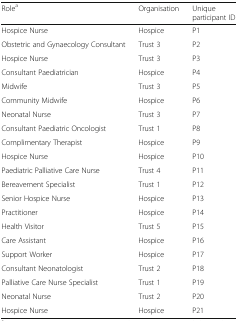
<table><thead><tr><td><b>Role<sup>a</sup></b></td><td><b>Organisation</b></td><td><b>Unique participant ID</b></td></tr></thead><tbody><tr><td>Hospice Nurse</td><td>Hospice</td><td>P1</td></tr><tr><td>Obstetric and Gynaecology Consultant</td><td>Trust 3</td><td>P2</td></tr><tr><td>Hospice Nurse</td><td>Trust 3</td><td>P3</td></tr><tr><td>Consultant Paediatrician</td><td>Hospice</td><td>P4</td></tr><tr><td>Midwife</td><td>Trust 3</td><td>P5</td></tr><tr><td>Community Midwife</td><td>Hospice</td><td>P6</td></tr><tr><td>Neonatal Nurse</td><td>Trust 3</td><td>P7</td></tr><tr><td>Consultant Paediatric Oncologist</td><td>Trust 1</td><td>P8</td></tr><tr><td>Complimentary Therapist</td><td>Hospice</td><td>P9</td></tr><tr><td>Hospice Nurse</td><td>Hospice</td><td>P10</td></tr><tr><td>Paediatric Palliative Care Nurse</td><td>Trust 4</td><td>P11</td></tr><tr><td>Bereavement Specialist</td><td>Trust 1</td><td>P12</td></tr><tr><td>Senior Hospice Nurse</td><td>Hospice</td><td>P13</td></tr><tr><td>Practitioner</td><td>Hospice</td><td>P14</td></tr><tr><td>Health Visitor</td><td>Trust 5</td><td>P15</td></tr><tr><td>Care Assistant</td><td>Hospice</td><td>P16</td></tr><tr><td>Support Worker</td><td>Hospice</td><td>P17</td></tr><tr><td>Consultant Neonatologist</td><td>Trust 2</td><td>P18</td></tr><tr><td>Palliative Care Nurse Specialist</td><td>Trust 1</td><td>P19</td></tr><tr><td>Neonatal Nurse</td><td>Trust 2</td><td>P20</td></tr><tr><td>Hospice Nurse</td><td>Hospice</td><td>P21</td></tr></tbody></table>